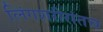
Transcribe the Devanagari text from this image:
लिंगशरीरांतच